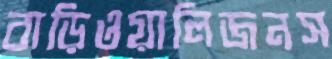
বাড়িওয়ালিজনস